Report of the Municipal Commissioner on the plague in Bombay for the year ending 31st May... - Volume 2
Disease focus: Plague
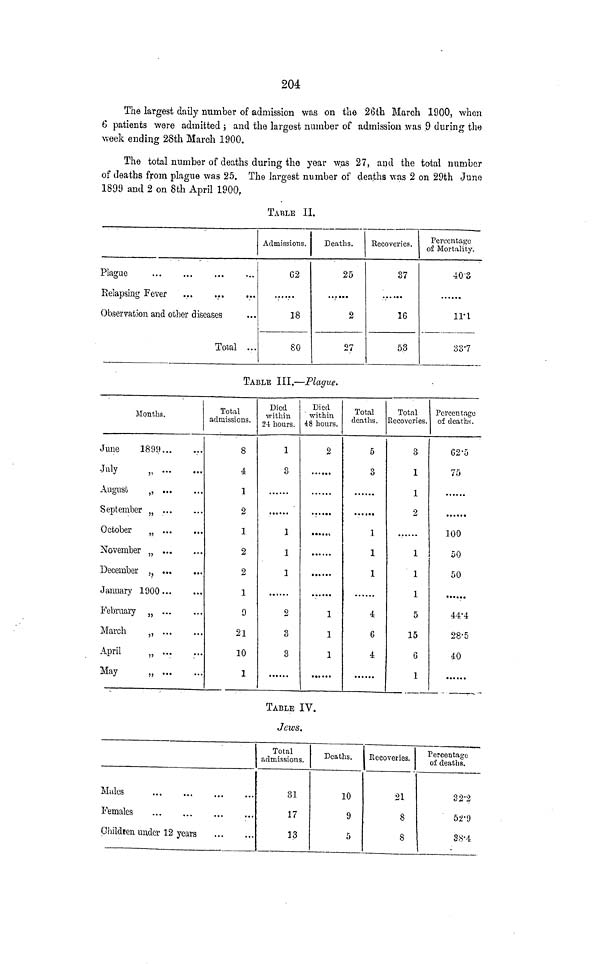
204
The largest daily number of admission was on the 26th Mg,rch 1900, when
6 patients were admitted ; and the largest number of admission was .9 during the
week ending 28th March 1900.
The total number of deaths during the year was 27, and the total number
of deaths from plague was 25. The largest number of deaths was 2 on 29th June
1899 and 2 on 8th April 1900,
TABLE II.
Plague
Relapsing Fever
Observation and other diseases
Total ...
Admissions.
G2
18
80
Deaths.
25
2
27
Recoveries.
37
......
16
5.3
Percentage
of Mortality.
40-3
in
33'7
TABLE III.—Plague.
Months.
June
1899...
July
August
„ ...
September „ ...
October
„ ...
November „ ...
December „ ...
January 1900...
February „ ...
March
„ ...
April
„ ...
May
„ ...
...
...
...
...
...
...
...
...
...
...
•••
••
Total
admissions.
8
4
1
2
1
2
2
1
9
21
10
1
Died
within
2-t hours.
1
3
1
1
1
2
3
3
Died
within
48 hours.
2
•••••I
1
1
1
Total
deaths.
5
3
1
1
1
4
6
4
Total
Recoveries.
3
1
1
2
1
1
1
5
15
6
1
Percentage
of deaths.
62-5
75
100
50
50
......
44-4
28-5
40
TABLE IV.
Jews.
Males
Females
Ghildieu under 12 years
Total
admissions.
81
17
13
Deaths.
10
9
5
Recoveries,
21
8
8
Percentage
of deaths.
32'2
52-9
38-4